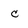
Character: C